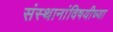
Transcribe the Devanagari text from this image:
संस्थानांविषयीच्या